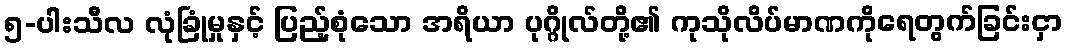
၅-ပါးသီလ လုံခြုံမှုနှင့် ပြည့်စုံသော အရိယာ ပုဂ္ဂိုလ်တို့၏ ကုသိုလိပ်မာဏကိုရေတွက်ခြင်းငှာ